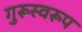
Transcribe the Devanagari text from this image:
गुरूस्वरूप